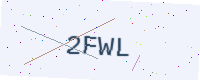
Text: 2FWL